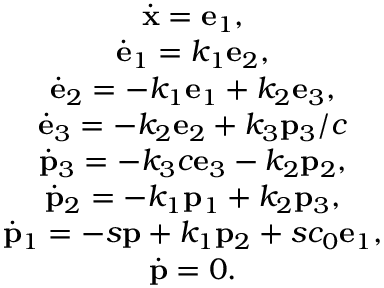
\begin{array} { c } { { \dot { \bf x } = { \bf e } _ { 1 } , } } \\ { { { \dot { \bf e } } _ { 1 } = k _ { 1 } { \bf e } _ { 2 } , } } \\ { { { \dot { \bf e } } _ { 2 } = - k _ { 1 } { \bf e } _ { 1 } + k _ { 2 } { \bf e } _ { 3 } , } } \\ { { { \dot { \bf e } } _ { 3 } = - k _ { 2 } { \bf e } _ { 2 } + k _ { 3 } { \bf p } _ { 3 } / c } } \\ { { { \dot { \bf p } } _ { 3 } = - k _ { 3 } c { \bf e } _ { 3 } - k _ { 2 } { \bf p } _ { 2 } , } } \\ { { { \dot { \bf p } } _ { 2 } = - k _ { 1 } { \bf p } _ { 1 } + k _ { 2 } { \bf p } _ { 3 } , } } \\ { { { \dot { \bf p } } _ { 1 } = - s { \bf p } + k _ { 1 } { \bf p } _ { 2 } + s c _ { 0 } { \bf e } _ { 1 } , } } \\ { { { \dot { \bf p } } = 0 . } } \end{array}